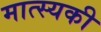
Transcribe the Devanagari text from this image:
मात्स्यकी